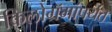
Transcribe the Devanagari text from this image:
किलोग्रॅमांपर्यंत